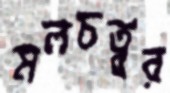
মলচত্বর